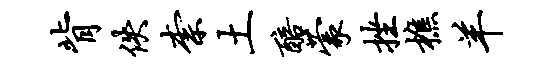
背佚柰土醅蒙挫樵羊